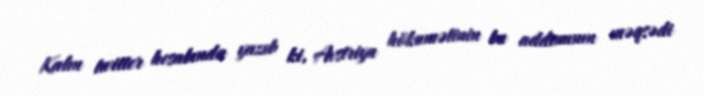
Kalın twitter hesabında yazıb ki, Avstriya hökumətinin bu addımının məqsədi